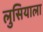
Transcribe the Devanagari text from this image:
लुसियाला